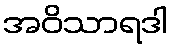
အဝိသာရဒါ